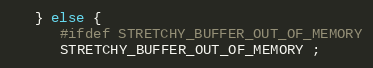
Language: C
   } else {
      #ifdef STRETCHY_BUFFER_OUT_OF_MEMORY
      STRETCHY_BUFFER_OUT_OF_MEMORY ;